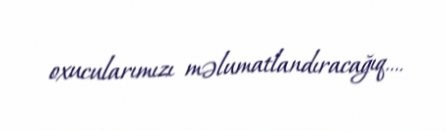
oxucularımızı məlumatlandıracağıq….